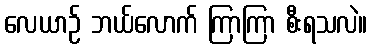
လေယာဉ် ဘယ်လောက် ကြာကြာ စီးရသလဲ။